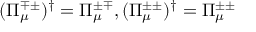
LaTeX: ( \Pi _ { \mu } ^ { \mp \pm } ) ^ { \dag } = \Pi _ { \mu } ^ { \pm \mp } , ( \Pi _ { \mu } ^ { \pm \pm } ) ^ { \dag } = \Pi _ { \mu } ^ { \pm \pm }